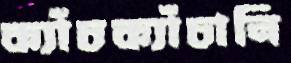
ক্যাঁচক্যাঁচানি